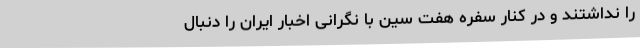
را نداشتند و در کنار سفره هفت سین با نگرانی اخبار ایران را دنبال